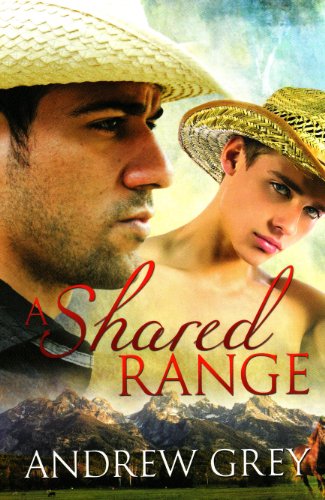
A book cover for A Shared Range; Andrew Grey; Romance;